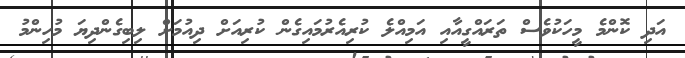
އަދި ކޮންމެ މީހަކުވެސް ތަރައްގީއާއި އަމިއްލެ ކުރިއެރުމައިގެން ކުރިއަށް ދިއުމަށް ލިބިގެންދިޔަ މުހިންމު